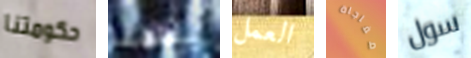
حكومتنا بطلنا العمل مفاجاة سول